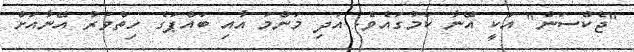
"ޖެކްސަން" އަކީ އޭނާ ކަމުގައެވެ. އަދި މަންމަ އާއި ބައްޕަގެ ހިތްވަރު އޭނާއަށް